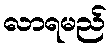
လာရမည်